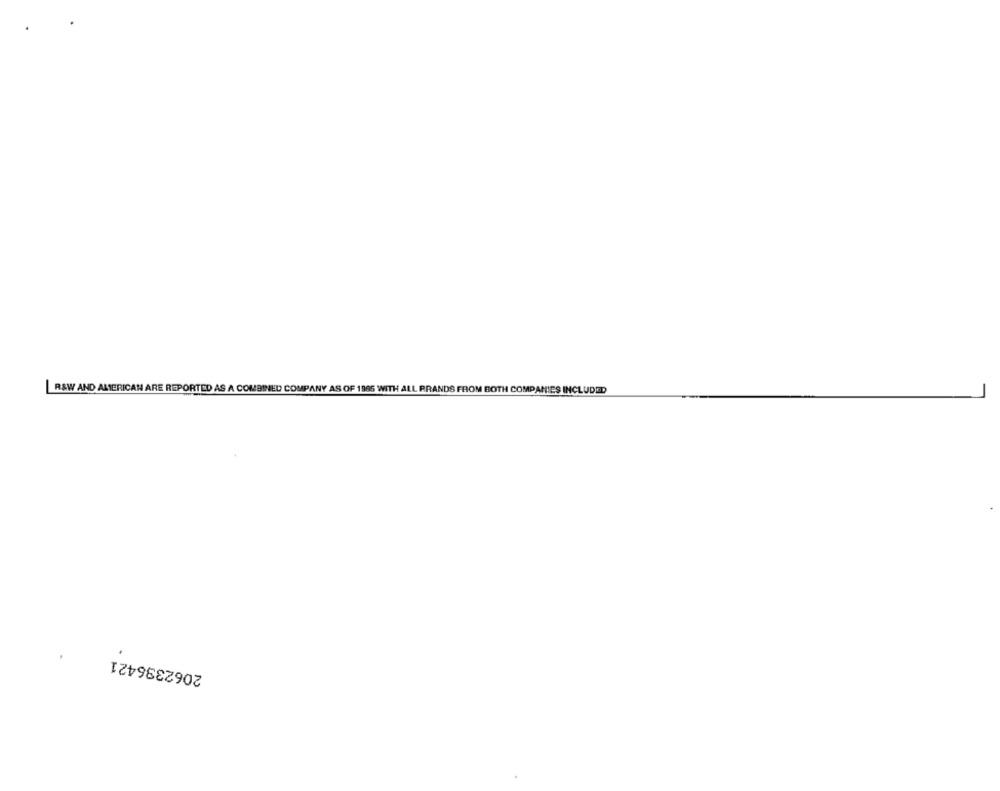
R&W AND AMERICAN ARE REPORTED AS A COMBINED COMPANY AS OF 1965 WITH ALL BRANDS FROM BOTH COMPANIES INCLUDED
2062336421